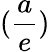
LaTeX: (\frac{a}{e})